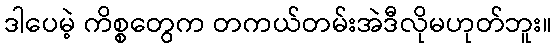
ဒါပေမဲ့ ကိစ္စတွေက တကယ်တမ်းအဲဒီလိုမဟုတ်ဘူး။